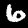
Digit: 6